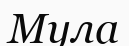
Мула